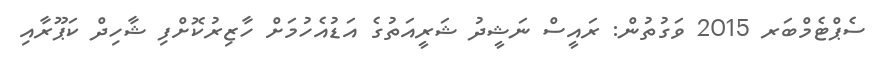
ސެޕްޓެމްބަރ 2015 ވަގުތުން: ރައީސް ނަޝީދު ޝަރީއަތުގެ އަޑުއެހުމަށް ހާޒިރުކޮށްފި ޝާހިދް ކަޕޫރާއި